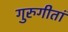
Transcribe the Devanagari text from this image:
गुरुगीतां